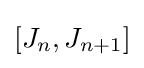
[J_{n},J_{n+1}]